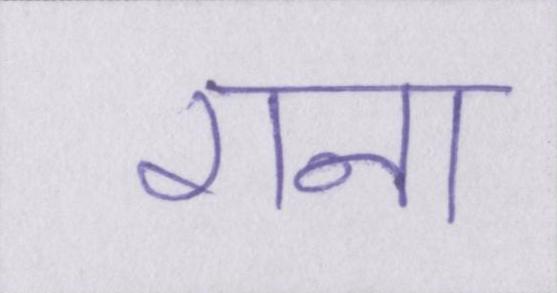
राना